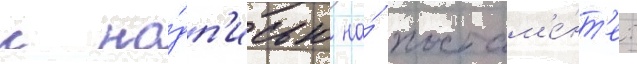
с на́дп'исью на́ постам'е́нт'е: